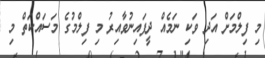
މި ފިލްމަށް އަދި ވަކި ނަމެއް ދީފައިނުވާއިރު މި ފިލްމުގެ މަސައްކަތް މި